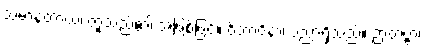
သမာနတာယ၊ တူသည်၏ အဖြစ်ဖြင့်။ ဝိဘာဝိနာ၊ ပညာရှိသည်။ ဉာတဗ္ဗာ၊